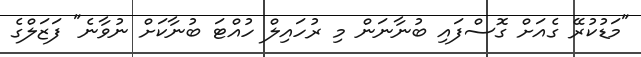
"މަޑުކުރޭ ގެއަށް ގޮސްފައި ބުނާނަން މި ރުހައިލް ހުއްޓަ ބުނާކަށް ނުވާނެ" ފަޒަލްގެ